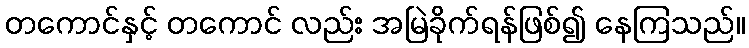
တကောင်နှင့် တကောင် လည်း အမြဲခိုက်ရန်ဖြစ်၍ နေကြသည်။